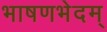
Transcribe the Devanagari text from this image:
भाषणभेदम्